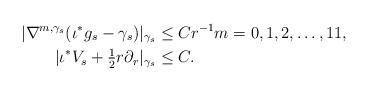
LaTeX: \begin{align*} |\nabla^{m, \gamma_s} (\iota^* g_s - \gamma_s)|_{\gamma_s} &\leq C r^{-1} m = 0,1,2,\ldots,11, \\ |\iota^* V_s + \tfrac12 r \partial_r|_{\gamma_s} &\leq C.\end{align*}